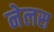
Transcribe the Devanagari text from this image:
नेलस